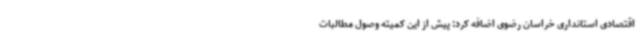
اقتصادی استانداری خراسان رضوی اضافه کرد: پیش از این کمیته وصول مطالبات